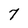
Character: 7